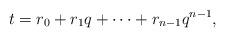
LaTeX: \begin{align*}t=r_0+r_1q+\cdots +r_{n-1}q^{n-1},\end{align*}